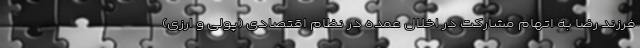
فرزند رضا به اتهام مشارکت در اخلال عمده در نظام اقتصادی (پولی و ارزی)